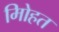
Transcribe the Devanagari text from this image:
मोिहत